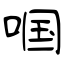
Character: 啯